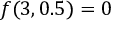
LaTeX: f ( 3 , 0 . 5 ) = 0